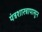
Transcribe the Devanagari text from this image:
यंत्रशास्त्रापासून